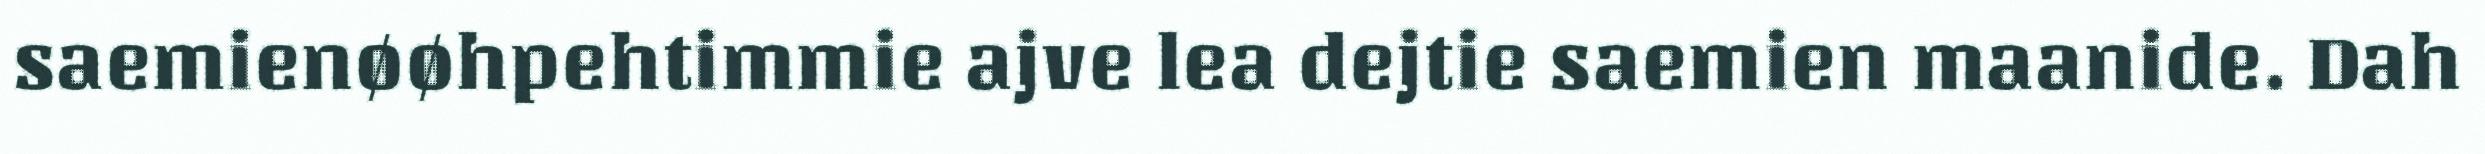
saemienøøhpehtimmie ajve lea dejtie saemien maanide. Dah